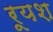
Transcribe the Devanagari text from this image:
रूयश